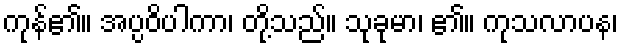
ကုန်၏။ အပ္ပဝိပါကာ၊ တို့သည်။ သုခုမာ၊ ၏။ ကုသလာပန၊